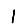
Digit: 1